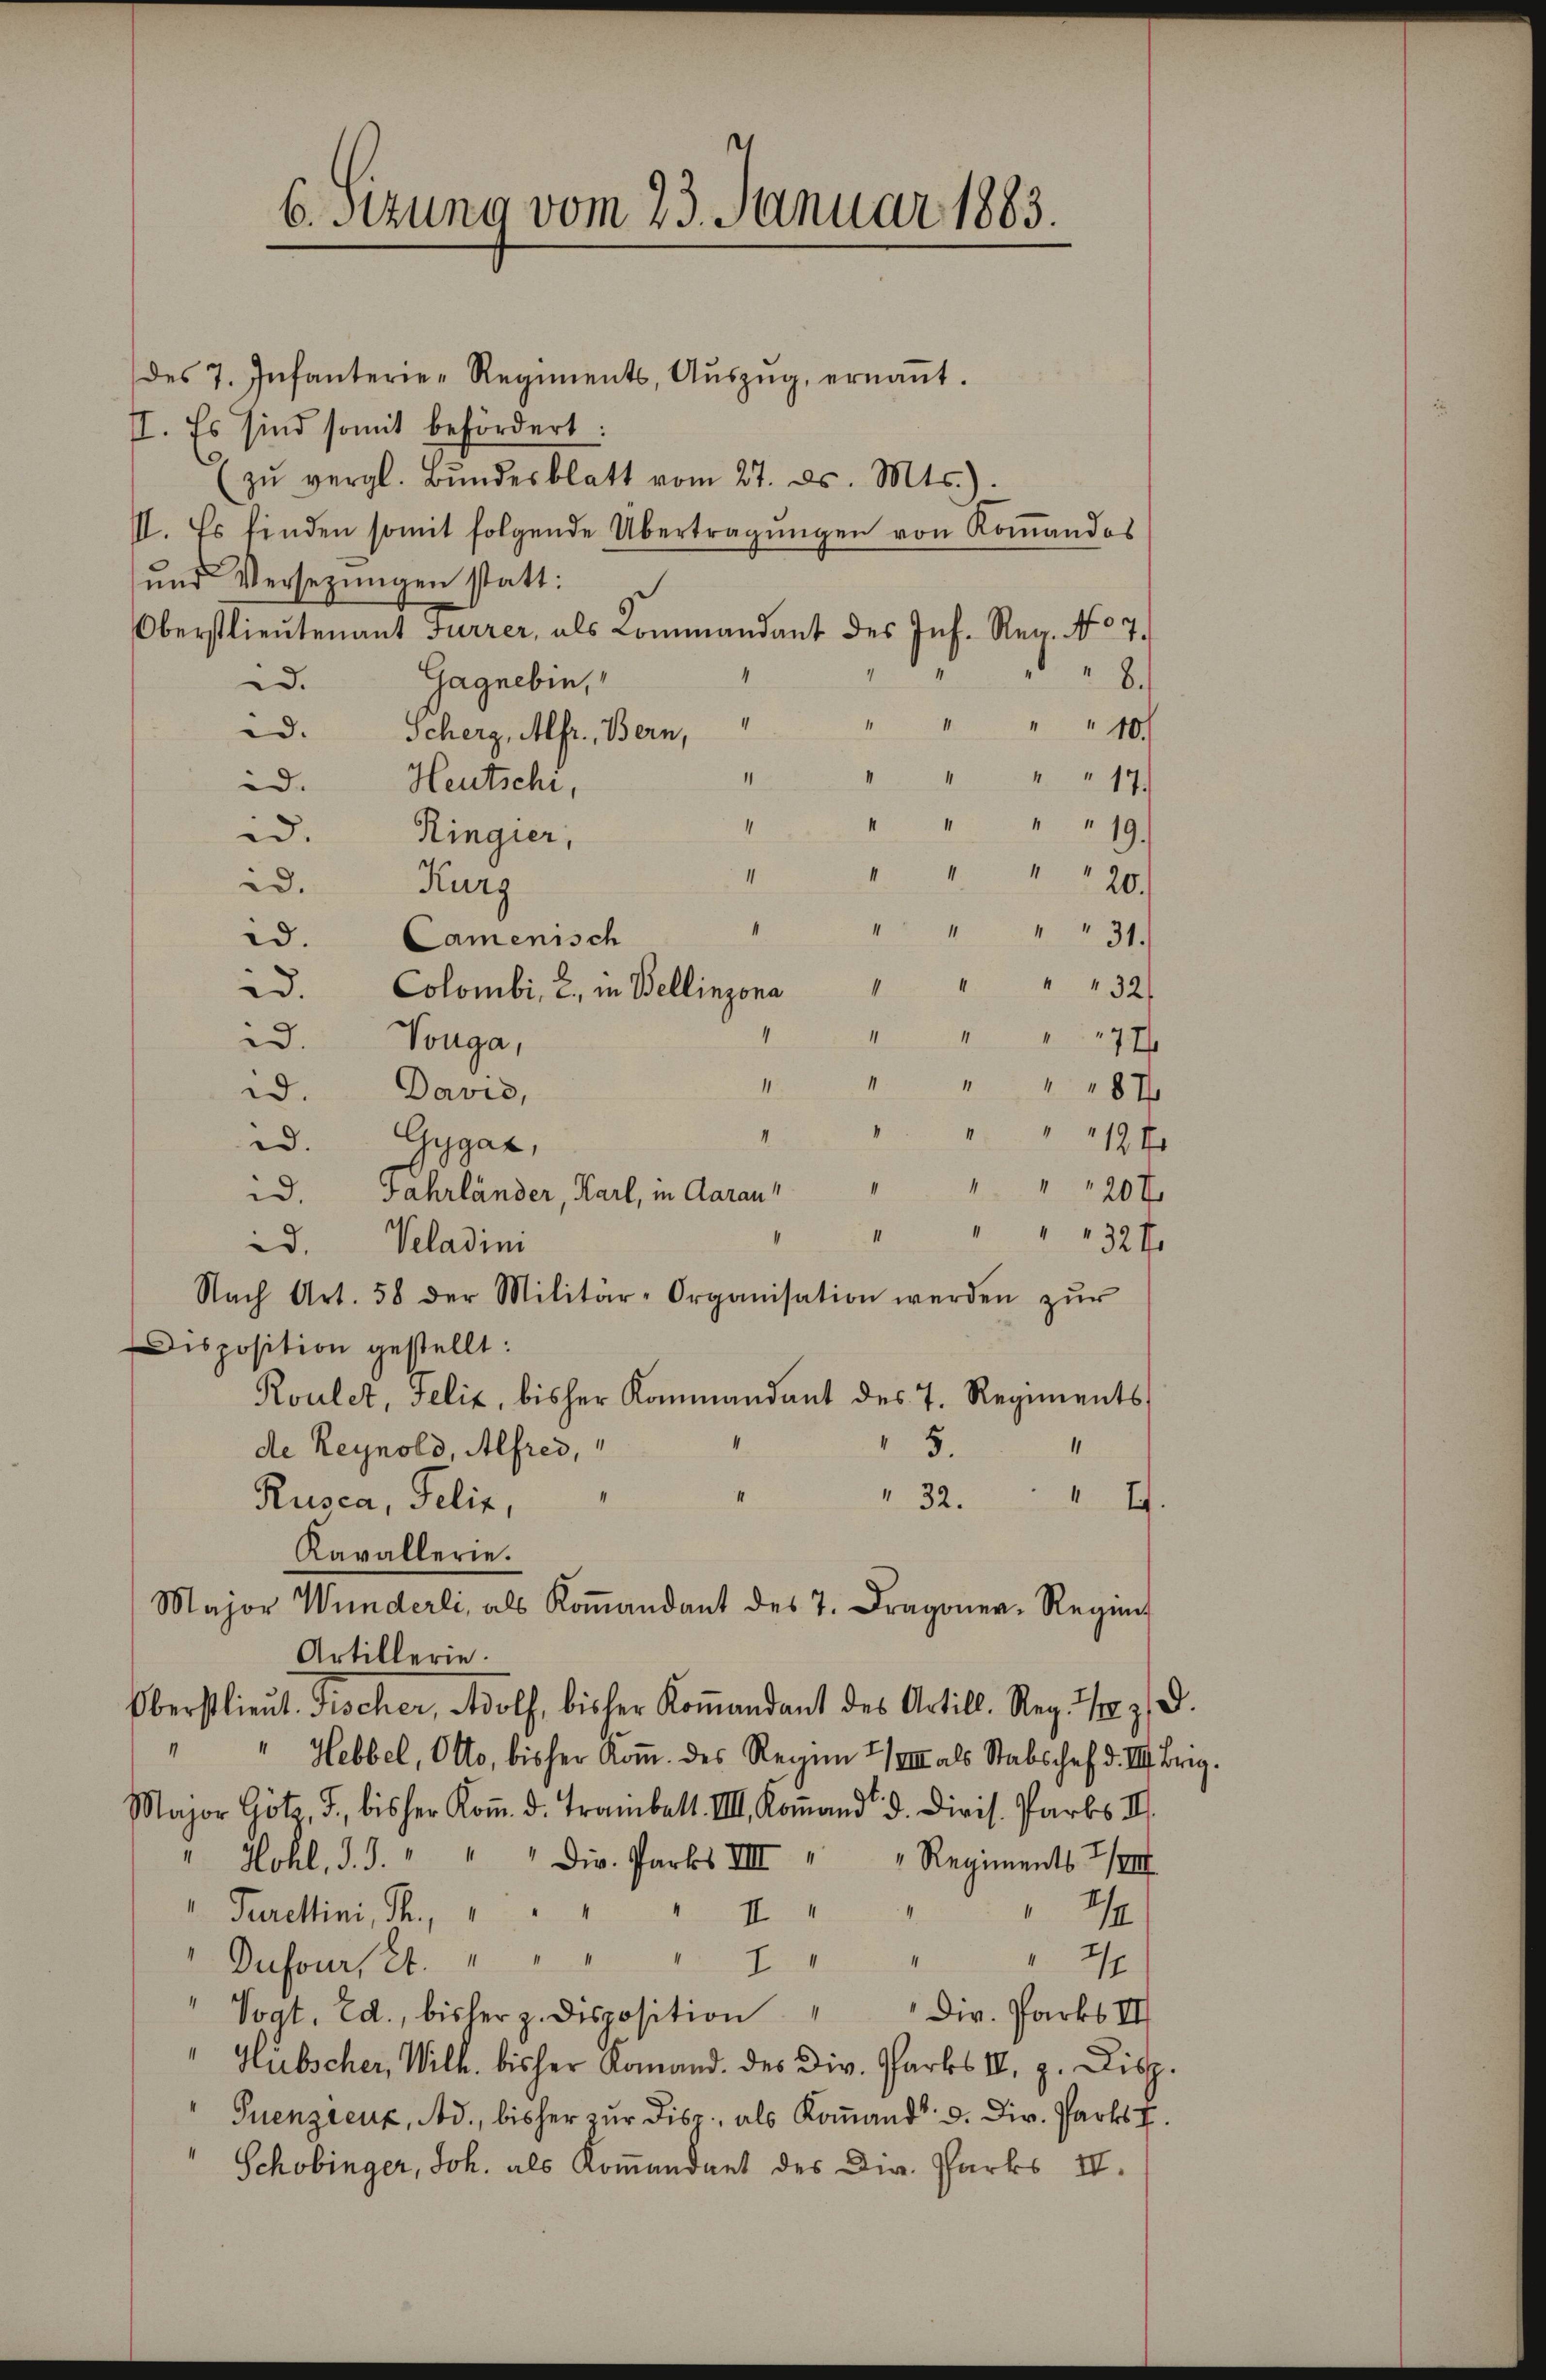
6. Sitzung vom 23. Januar 1883.

des 7. Infanterie-Regiments, Aŭszŭg, ernaṅt.
II. Es sind somit befördert:
zŭ vergl. Bŭndesblatt vom 27. ds. Mts.).
II. Es finden somit folgende Übertragungen von Kommandos
und Versezungen statt:
Oberstlieutenant Furrer, als Commandant des Inf. Reg. No 7.
 8.
Gagnebin,
d.
“
" " 10
D. Scherz, Alfr., Bern,
“
" 17.
id. Heutschi,
4
19.
id.
Ringier,
1
20.
Kurg
id.
" 31.
id. Camenisch
ad. Colombi, 2. in Bellinzona " " " " 32
" " " 477
.
Vouga,
1 " " " 48 x
i. Davis,
 12 x
Gygaz,
d.
4
20x
d. Fahrländer, Karl, in Aarau
II
" " " 32 f
id. Veladini
Nach Art. 58 der Militär-Organisation werden zŭr
Disposition gestellt:
Roulet, Felix, bisher Kommandant des 7. Regiments,
5.
“
de Reynold, Alfred,
" 32.
I.
Rusca, Felix,
Kavallerie.
Major Wunderli, als Koṁandant des 7. Dragoner-Regie
Artillerie.
Oberstlieut. Fischer, Wolf, bisher Koṁandant des Artill. Reg. 13. d.
" Hebbel, Otto, bisher Koṁ. des Regen 7/III. als Stabschef d. III. Brig.
Major Götz, d., bisher Koṁ. d. Traubalt. III. Koṁand. d. Divis. Parbs II
" Hohl, d. J. " " " Div. Parks VIII " " Regiments 7/III.
" Parettini, Th. " " " " II
 1/4
Dufours et. " " " " 2 "
2/7
" Vogt. Ed., bisher z. disposition " " Dir. Parks II
"Hübscher, Wilh. bisher Komand. des Div. Parks II, z. Disp.
Puenzieux, Ad., bisher zur Disp. als Koṁand. d. Dir. Park. 7.
Schobinger, Joh. als Kommandant des Dir. Parks II.